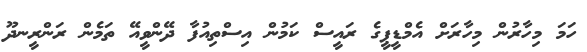
ހަމަ މިހާރުން މިހާރަށް އެމްޑީޕީގެ ރައީސް ކަމުން އިސްތިއުފާ ދޭންވީއޭ ތަމެން ރަންރީނދޫ